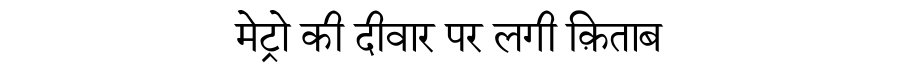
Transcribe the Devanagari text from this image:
मेट्रो की दीवार पर लगी क़िताब